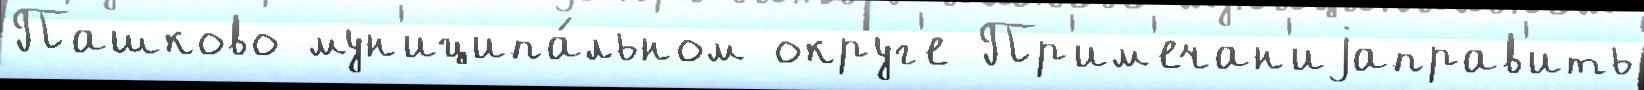
Пашково мун'иципа́льном округ'е Пр'им'ечан'иjаправ'ить